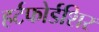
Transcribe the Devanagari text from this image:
हर्टफोर्डशिर